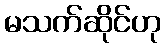
မသက်ဆိုင်ဟု